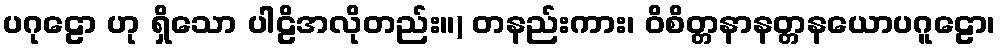
ပဂုဠော ဟု ရှိသော ပါဠိအလိုတည်း။) တနည်းကား၊ ဝိစိတ္တနာနတ္တနယောပဂူဠော၊